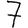
Digit: 7